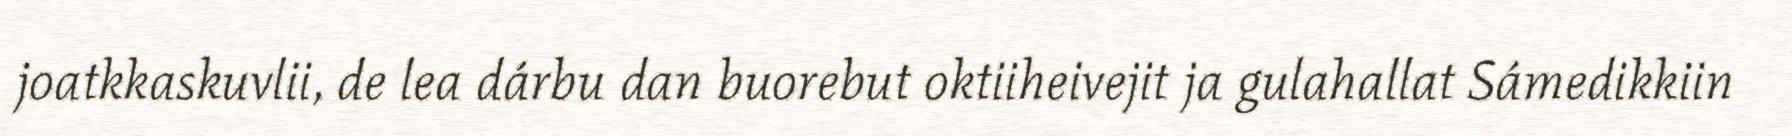
joatkkaskuvlii, de lea dárbu dan buorebut oktiiheivejit ja gulahallat Sámedikkiin